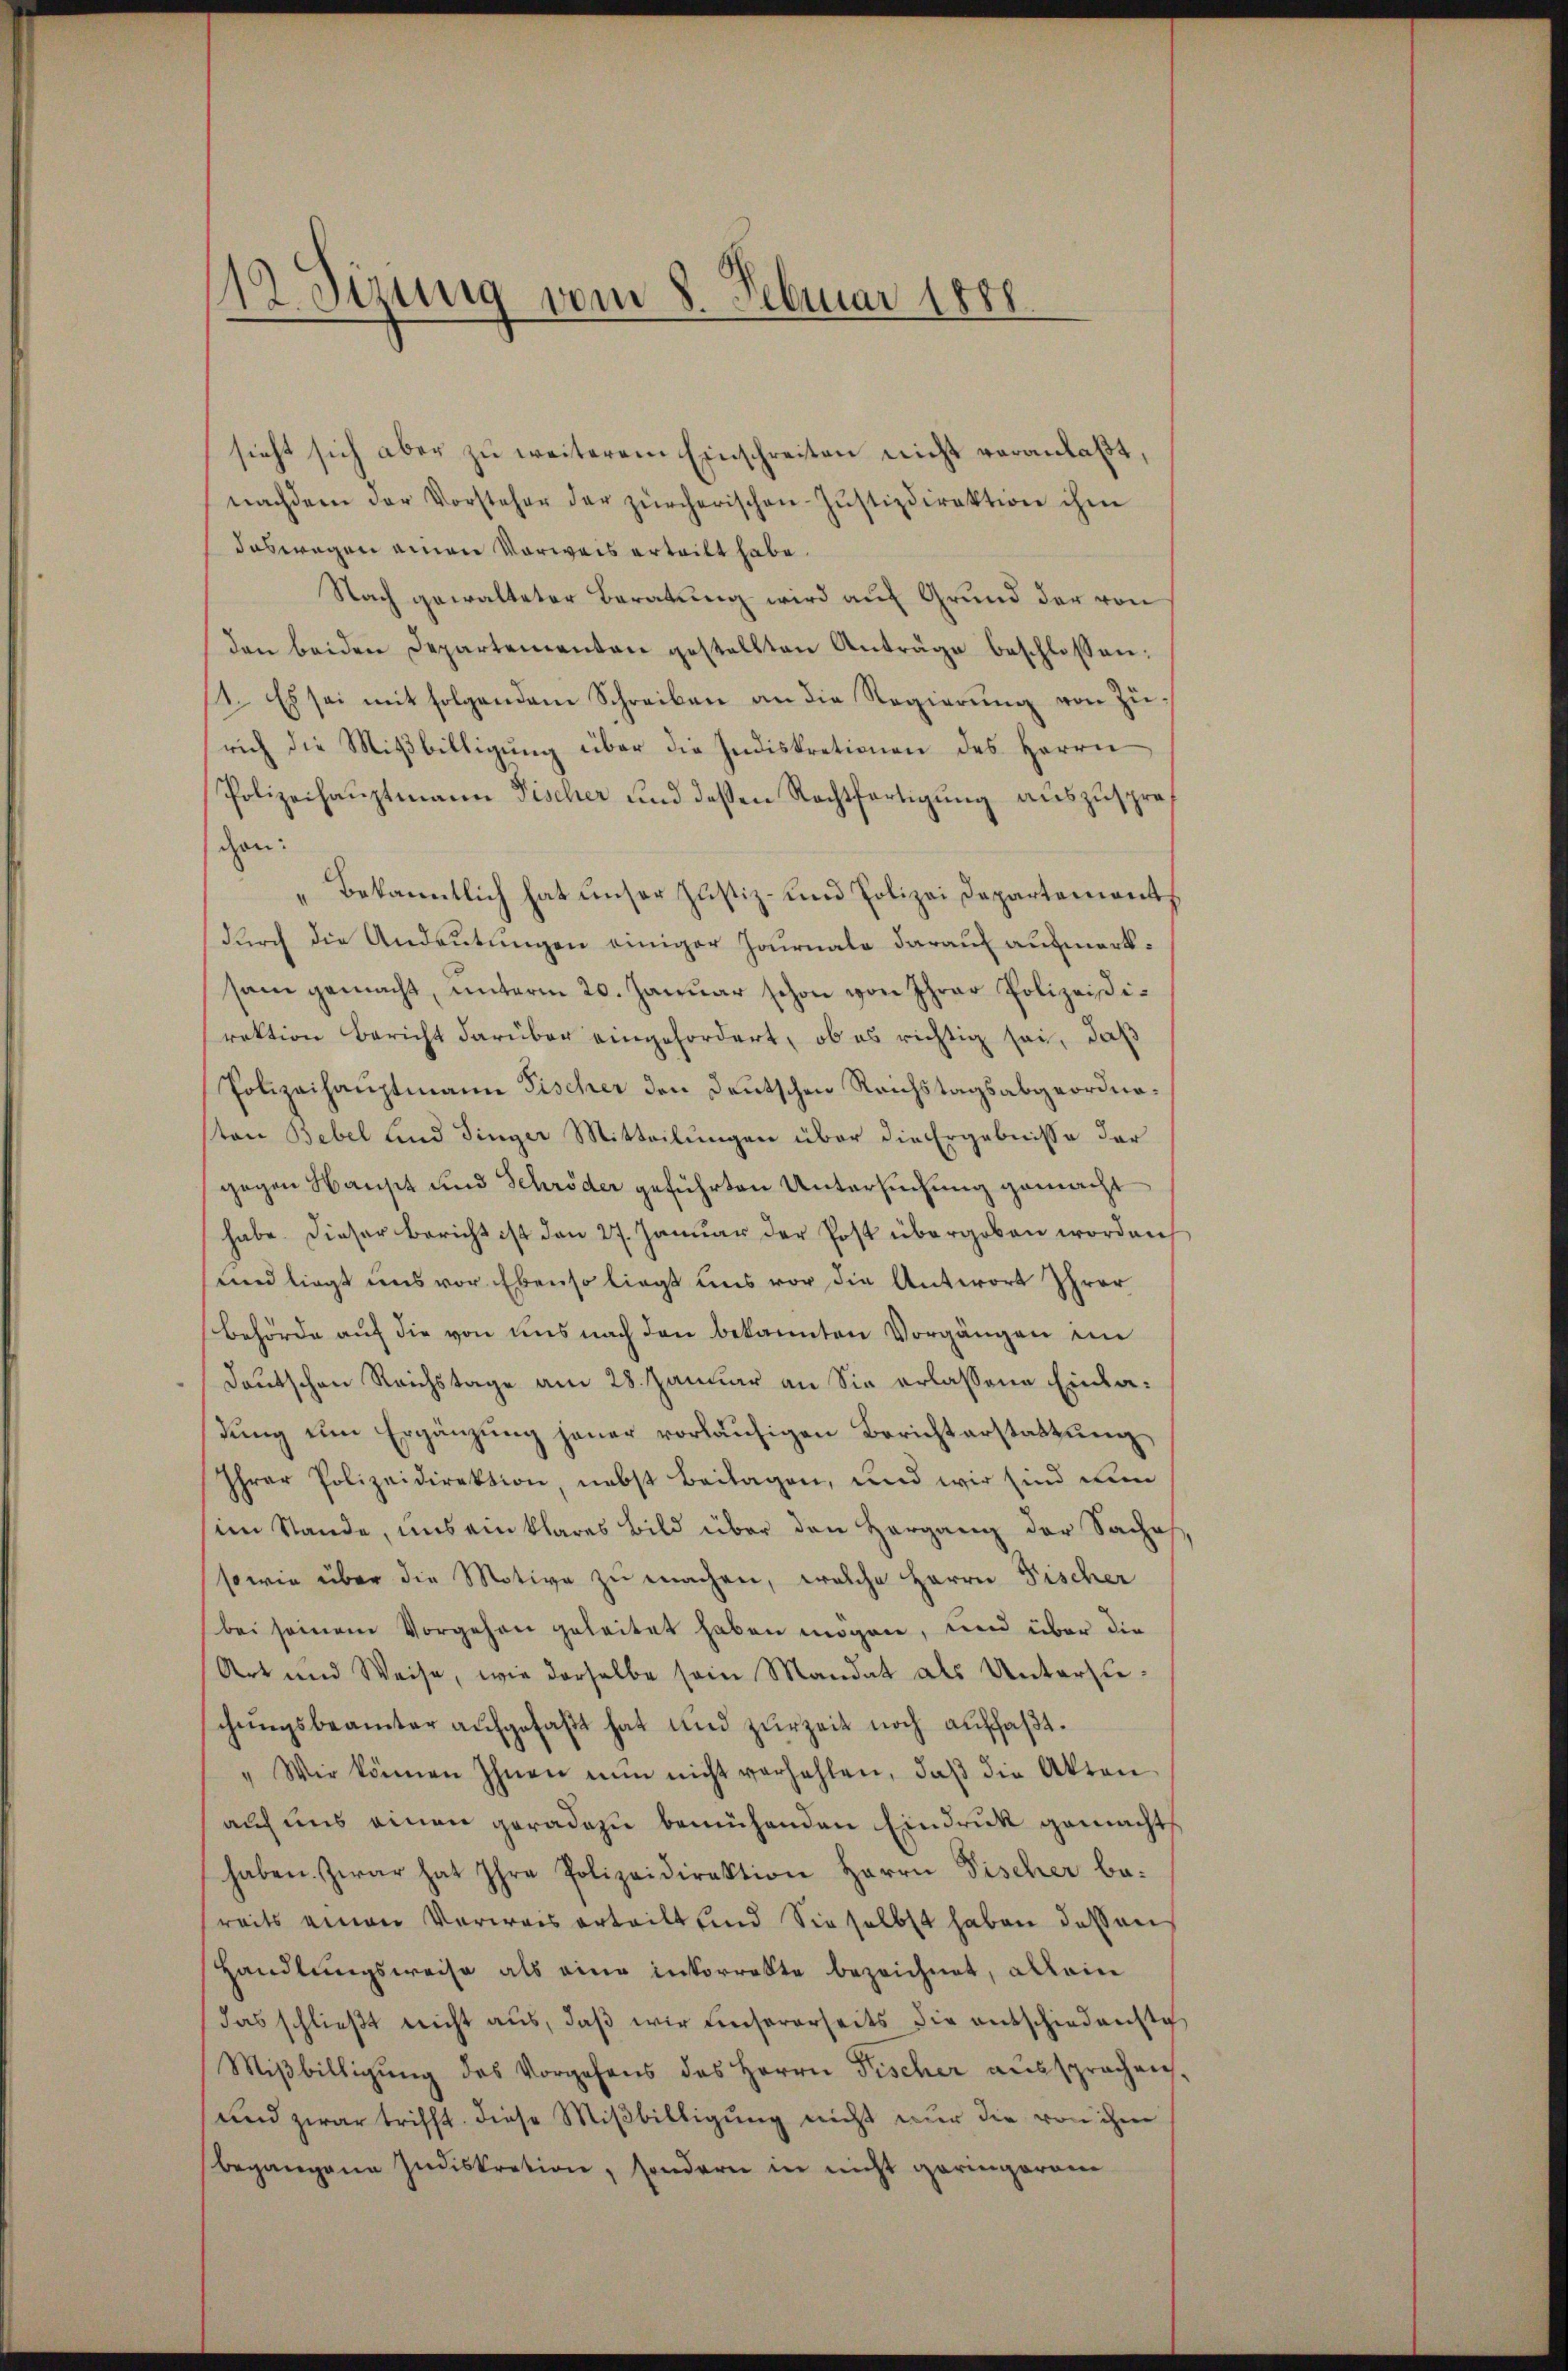
12. Sizung vom 8. Februar 1888.

sicht sich aber zŭ weiterem Einschreiten nicht veranlaßt,
nachdem der Vorsteher der zürcherischen Justizdirektion ihm
daswegen einen Vorweis erteilt habe.
Nach gewalteter Beratung wird auf Grund der von
den beiden Departementen gestellten Anträge beschlossen:
11. Es sei mit folgendem Schreiben an die Regierung von Zürich die Miβbilligŭng über die Indiskretionen des Herrn
Polizeihauptmann Fischer und deßen Rechtfertigung auszuspreghen:
Bekanntlich hat unser Justiz- und Polizei Departement
durch die Andeutungen einiger Journale darauf aufmerksam gemacht, unterm 20. Januar schon von Ihrer Polizeisirektion Bericht darüber eingefordert, ob es richtig sei, daß
Polizeihauptmann Fischer den Deutschen Reichstagsabgeordneton Bebel und Finger Mitteilungen über die Ergebnisse der
gegen Haust und Schröder geführten Untersuchung gemacht
habe. Dieser Bericht ist den 27. Januar der Post übergeben worden
und liegt uns vor Ebenso liegt uns vor die Antwort Ihrer
behörde auf die von uns nach den bekannten Vorgängen im
deutschen Reichstage am 28. Januar an Sie erlassene Einladung um Ergänzung jener vorläufigen Berichterstattung
Ihrer Polizeidirektion, nebst Beilagen, und wir sind den
(im Stande, uns ein klares Bild über den Hergang der Sache
sowie über die Motive zu machen, welche Herrn Fischer
bei seinem Vorgehen geleitet haben mögen, und über die
Art und Weise, wie derselbe sein Mandat als Unterzuchungsbeamter aufgefaßt hat und zurzeit noch auffaßt.
"Wir können Ihnen nŭn nicht verzahlen, daβ die Akten
auf uns einen geradezu bemühenden Eindruck gemacht
haben. Zwar hat Ihre Polizeidirektion Herrn Fischer be-
reits einen Verwais erteilt und Sie selbst haben dessen
Handlungsweise als eine inkorrekte bezeichnet, allein
das schließt nicht aus, daβ wir unsererseits die entschiedenste
Miβbilligŭng des Vorgehens des Herrn Fischer aŭssprachen,
und zwar trifft diese Mißbilligung nicht nur die von ihm
begangene Indiskration, sondern in nicht geringeram